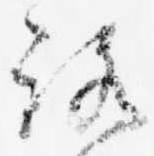
路